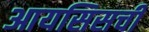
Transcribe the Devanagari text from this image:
आयसिसची